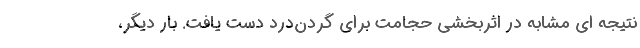
نتیجه ای مشابه در اثربخشی حجامت برای گردن‌درد دست یافت. بار دیگر،